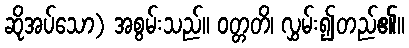
ဆိုအပ်သော) အစွမ်းသည်။ ဝတ္တတိ၊ လွှမ်း၍တည်၏။